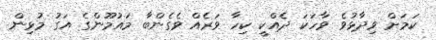
ކަމަށް ވިދާޅުވެ ވާހަކަ ދެއްކީ ކިހާ ވަރެއް ވެގެންބާ މައުމޫންގެ އަގު މުޅިން